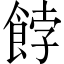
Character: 餑